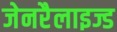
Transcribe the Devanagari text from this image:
जेनरैलाइज्ड